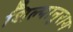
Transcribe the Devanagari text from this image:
शिल्पानुराग